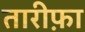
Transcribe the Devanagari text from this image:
तारीफ़ा